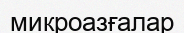
микроазғалар